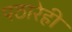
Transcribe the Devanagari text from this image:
पठारेही